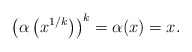
\begin{align*}\left( \alpha\left(x^{1/k} \right) \right)^k = \alpha(x) = x. \end{align*}